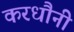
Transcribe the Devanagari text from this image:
करधौनी